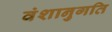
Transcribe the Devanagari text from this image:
वंशानुगति